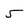
Character: 5